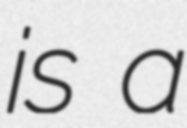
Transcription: is a